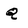
Character: Q